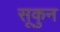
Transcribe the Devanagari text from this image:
सूकुन